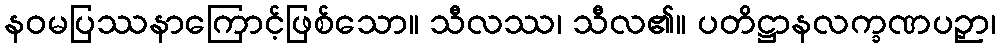
နဝမပြဿနာကြောင့်ဖြစ်သော။ သီလဿ၊ သီလ၏။ ပတိဋ္ဌာနလက္ခဏပဉှာ၊